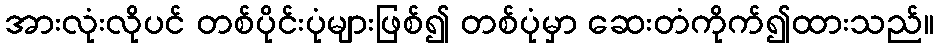
အားလုံးလိုပင် တစ်ပိုင်းပုံများဖြစ်၍ တစ်ပုံမှာ ဆေးတံကိုက်၍ထားသည်။